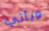
ويأتي